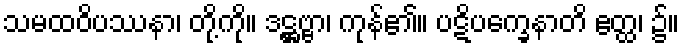
သမထဝိပဿနာ၊ တို့ကို။ ဒဋ္ဌဗ္ဗာ၊ ကုန်၏။ ပဋိပက္ခေနာတိ ဧတ္ထ၊ ၌။